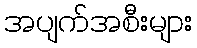
အပျက်အစီးများ